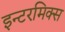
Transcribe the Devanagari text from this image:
इन्टरमिक्स